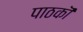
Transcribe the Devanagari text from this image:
पाठकॊं